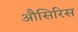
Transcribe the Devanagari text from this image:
औसिरिस